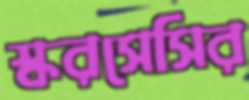
স্করসেসির